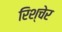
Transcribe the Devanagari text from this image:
रिश्चेर